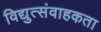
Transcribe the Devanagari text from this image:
विद्युत्संवाहकता